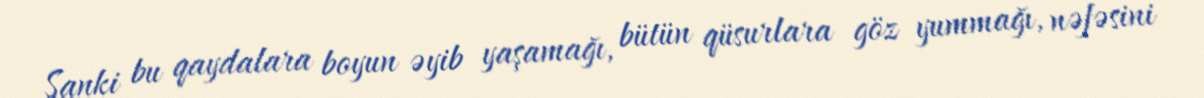
Sanki bu qaydalara boyun əyib yaşamağı, bütün qüsurlara göz yummağı, nəfəsini